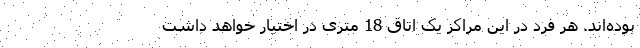
بوده‌اند. هر فرد در این مراکز یک اتاق 18 متری در اختیار خواهد داشت